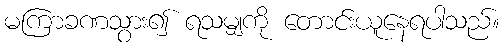
မကြာခဏသွား၍ ရသမျှကို တောင်းယူနေရပါသည်။